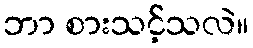
ဘာ စားသင့်သလဲ။